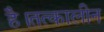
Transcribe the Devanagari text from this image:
है।तत्कालीन